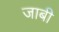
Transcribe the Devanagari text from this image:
जाबी